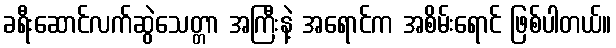
ခရီးဆောင်လက်ဆွဲသေတ္တာ အကြီးနဲ့ အရောင်က အစိမ်းရောင် ဖြစ်ပါတယ်။